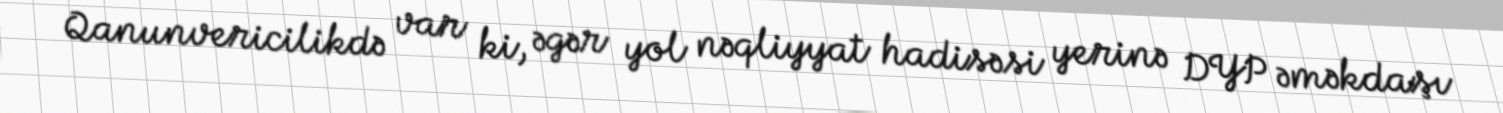
Qanunvericilikdə var ki, əgər yol nəqliyyat hadisəsi yerinə DYP əməkdaşı